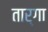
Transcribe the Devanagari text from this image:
तार्गा